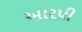
આરપી